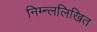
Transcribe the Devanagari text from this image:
निम्न्ललिखित